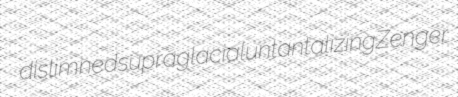
dislimned supraglacial untantalizing Zenger